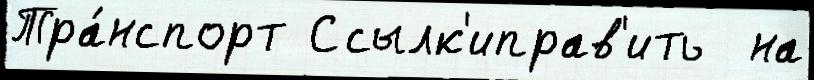
Тра́нспорт Ссылк'иправ'ить  на